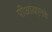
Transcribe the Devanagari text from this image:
पीआयएनके